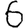
Digit: 6